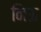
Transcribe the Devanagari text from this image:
निऊ